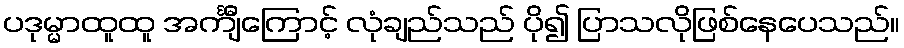
ပဒုမ္မာထူထူ အင်္ကျီကြောင့် လုံချည်သည် ပို၍ ပြာသလိုဖြစ်နေပေသည်။